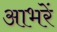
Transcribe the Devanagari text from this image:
आभरें